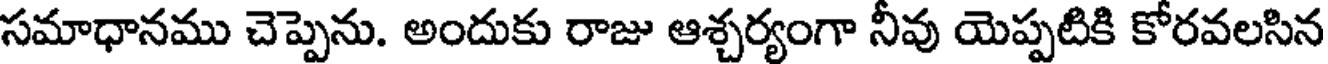
సమాధానము చెప్పెను. అందుకు రాజు ఆశ్చర్యంగా నీవు యెప్పటికి కోరవలసిన